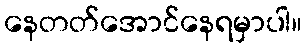
နေတတ်အောင်နေရမှာပါ။